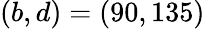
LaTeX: (b,d)=(90,135)